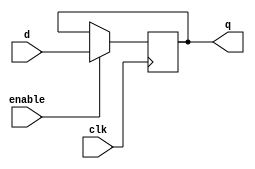
  
module ff(q, d, clk, enable);
/****************************
An Edge-Triggerred Flip-flop
Written by H. Roumani, 2008.
****************************/
output q;
input d, clk, enable;
reg q;

always @ (posedge clk)
  if (enable) q <= d;

endmodule
module mem(memOut, address, memIn, clk, read, write);
/****************************
Behavioral Memory Unit.
Written by H. Roumani, 2009.
****************************/

parameter DEBUG = 0;

parameter CAPACITY = 16'hffff;
input clk, read, write;
input [31:0] address, memIn;
output [31:0] memOut;
reg [31:0] memOut;
reg [31:0] arr [0:CAPACITY];
reg fresh = 1;

always @(read or address or arr[address])
begin
	if (fresh == 1)
	begin
		fresh = 0;
		$readmemh("ram.dat", arr);
	end

	if (read == 1)
	begin
		if (address[1:0] != 2'b00)
		begin
			//$display("Unaligned Load Address %d", address);
			memOut = 32'hxxxxxxxx;
		end
		else if (address > CAPACITY)
		begin
			//$display("Address %h out of range %d", address, CAPACITY);
			memOut = 32'hxxxxxxxx;
		end
		else
		begin
			memOut = arr[address];
		end
	end
end

always @(posedge clk)
begin
	if (write == 1)
	begin
		if (address[1:0] != 2'b00)
		begin
			//$display("Unaligned Store Address %d", address);
		end
		else if (address > CAPACITY)
		begin
			$display("Address %d out of range %d", address, CAPACITY);
		end
		else
		begin
			arr[address] <= memIn;
			if (DEBUG != 0) $display("MEM: wrote %0dd at address %0dd", memIn, address);
		end
	end
end

endmodule

module register(q, d, clk, enable);
/****************************
An Edge-Triggerred Register.
Written by H. Roumani, 2008.
****************************/

parameter SIZE = 2;
output [SIZE-1:0] q;
input [SIZE-1:0] d;
input clk, enable;

ff myFF[SIZE-1:0](q, d, clk, enable);

endmodule

module rf(RD1,RD2, RN1,RN2, WN,WD, clk, W);
/****************************
Behavioral register file
Written by H. Roumani, 2009
****************************/
parameter DEBUG = 0;

input clk, W;
input [4:0] RN1, RN2, WN;
input [31:0] WD;
output [31:0] RD1, RD2;

reg [31:0] RD1, RD2;
reg [31:0] arr [1:31];

always @(RN1 or arr[RN1])
	if (RN1 == 0)
		RD1 = 0;
	else
	begin
		RD1 = arr[RN1];
		if (DEBUG != 0) $display("RF: read %0dd from reg#%0d", RD1, RN1);
	end

always @(RN2 or arr[RN2])
	if (RN2 == 0)
		RD2 = 0;
	else
	begin
		RD2 = arr[RN2];
		if (DEBUG != 0) $display("RF: read %0dd from reg#%0d", RD2, RN2);
	end


always @(posedge clk)
	if (W == 1 && WN != 0)
	begin
		arr[WN] = WD;
		if (DEBUG != 0) $display("RF: wrote %0dd to reg#%0d", WD, WN);
	end

endmodule

module sk(upper, lower, a, b, c, d);
output upper, lower;
input a,b,c,d;

or (upper, a, b, c, d);
not (notC, c);
xor (lower, a, b, notC, d);

endmodule